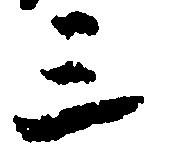
三